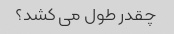
چقدر طول می کشد؟